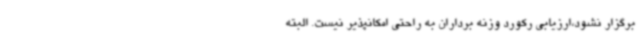
برگزار نشود،ارزیابی رکورد وزنه برداران به راحتی امکانپذیر نیست. البته